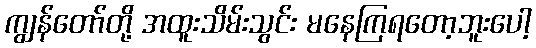
ကျွန်တော်တို့ အထူးသိမ်းသွင်း မနေကြရတော့ဘူးပေါ့